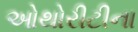
ઓથોરીટીના